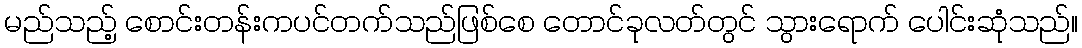
မည်သည့် စောင်းတန်းကပင်တက်သည်ဖြစ်စေ တောင်ခုလတ်တွင် သွားရောက် ပေါင်းဆုံသည်။